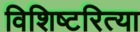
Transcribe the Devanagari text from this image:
विशिष्टरित्या